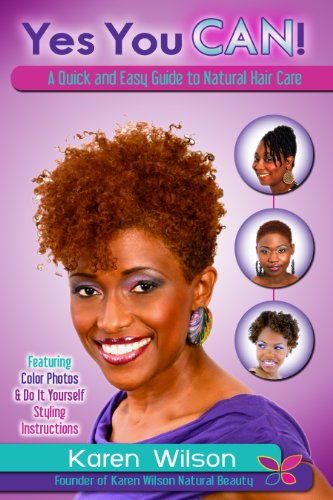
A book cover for Yes You Can! A Quick and Easy Guide to Natural Hair Care; Karen Wilson; Health, Fitness & Dieting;